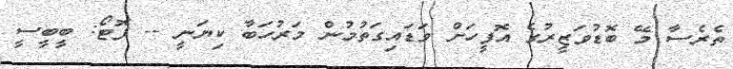
ތެރެސާ މޭ ބޮޑުވަޒީރުގެ އޮފީހަށް ވަޑައިގަތުމުން މަރުހަބާ ކިޔަނީ -- ފޮޓޯ: ބީބީސީ